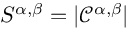
\displaystyle S ^ { \alpha , \beta } = | \mathcal { C } ^ { \alpha , \beta } |